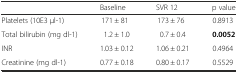
|  | Baseline | SVR 12 | p value |
 | --- | --- | --- | --- |
 | Platelets (10E3 μl-1) | 171 ± 81 | 173 ± 76 | 0.8913 |
 | Total bilirubin (mg dl-1) | 1.2 ± 1.0 | 0.7 ± 0.4 | 0.0052 |
 | INR | 1.03 ± 0.12 | 1.06 ± 0.21 | 0.4964 |
 | Creatinine (mg dl-1) | 0.77 ± 0.18 | 0.80 ± 0.17 | 0.5529 |